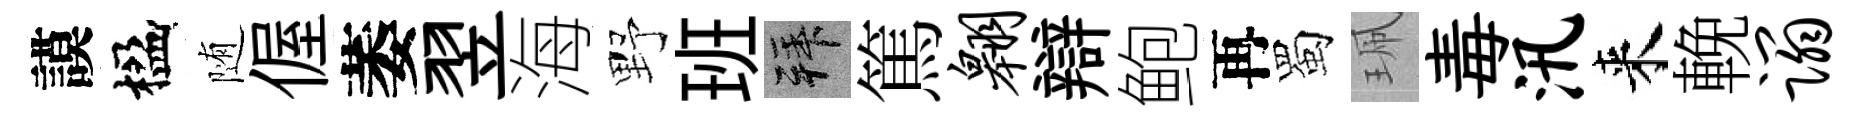
謨楹随偓萎翌海野班拜篤翱辯鲍再蜀珮毒汛来輓蹋